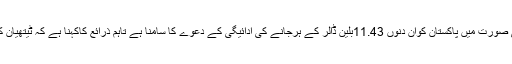
عالمی عدالت میں کمپنی کی لیز منسوخ کرنے کی صورت میں پاکستان کوان دنوں 11.43بلین ڈالر کے ہرجانے کی ادائیگی کے دعوے کا سامنا ہے تاہم ذرائع کاکہنا ہے کہ ٹیتھیان کمپنی کے دعوی میں کئی ایک خامیاں موجود ہیں۔